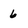
Character: 6